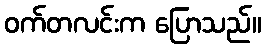
ဝက်တလင်းက ပြောသည်။